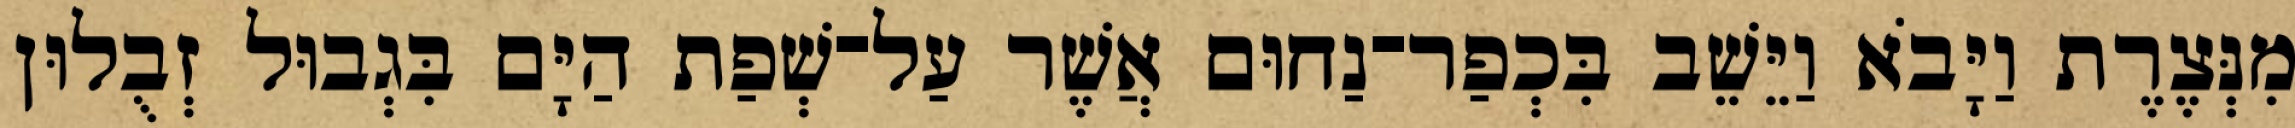
מִנְּצֶרֶת וַיָּבֹא וַיֵּשֵׁב בִּכְפַר־נַחוּם אֲשֶׁר עַל־שְׁפַת הַיָּם בִּגְבוּל זְבֻלוּן